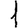
Digit: 1